Indian journal of veterinary science and animal husbandry - Volumes 18-21, 1948-1951
Year: 1948
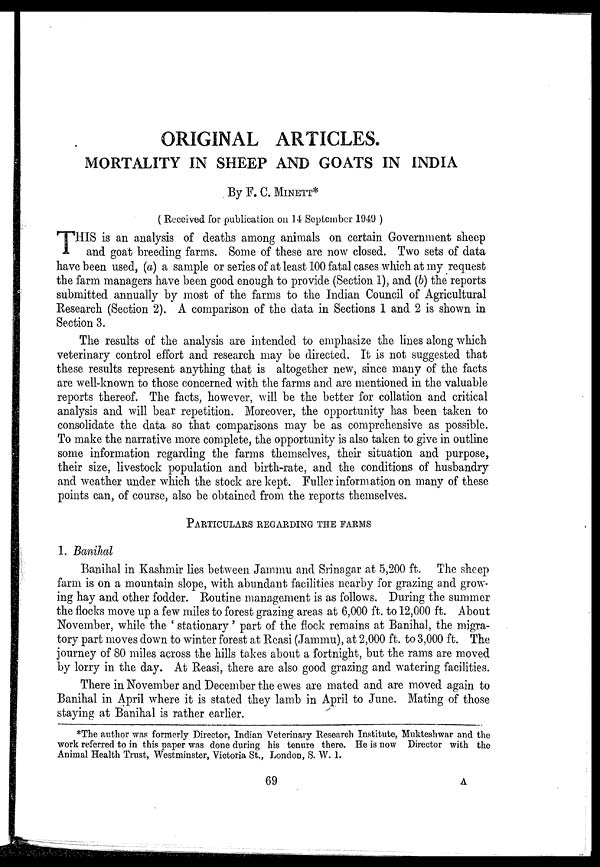
ORIGINAL ARTICLES.
MORTALITY IN SHEEP AND GOATS IN INDIA
By F. C. MINETT*
(Received for publication on 14 September 1949 )
T HIS is an analysis of deaths among animals on certain Government sheep
and goat breeding farms. Some of these are now closed. Two sets of data
have been used, (a) a sample or series of at least 100 fatal cases which at my request
the farm managers have been good enough to provide (Section 1), and (b) the reports
submitted annually by most of the farms to the Indian Council of Agricultural
Research (Section 2). A comparison of the data in Sections 1 and 2 is shown in
Section 3.
The results of the analysis are intended to emphasize the lines along which
veterinary control effort and research may be directed. It is not suggested that
these results represent anything that is altogether new, since many of the facts
are well-known to those concerned with the farms and are mentioned in the valuable
reports thereof. The facts, however, will be the better for collation and critical
analysis and will bear repetition. Moreover, the opportunity has been taken to
consolidate the data so that comparisons may be as comprehensive as possible.
To make the narrative more complete, the opportunity is also taken to give in outline
some information regarding the farms themselves, their situation and purpose,
their size, livestock population and birth-rate, and the conditions of husbandry
and weather under which the stock are kept. Fuller information on many of these
points can, of course, also be obtained from the reports themselves.
PARTICULARS REGARDING THE FARMS
1. Banihal
Banihal in Kashmir lies between Jammu and Srinagar at 5,200 ft. The sheep
farm is on a mountain slope, with abundant facilities nearby for grazing and grow-
ing hay and other fodder. Routine management is as follows. During the summer
the flocks move up a few miles to forest grazing areas at 6,000 ft. to 12,000 ft. About
November, while the 'stationary' part of the flock remains at Banihal, the migra-
tory part moves down to winter forest at Reasi (Jammu), at 2,000 ft. to 3,000 ft. The
journey of 80 miles across the hills takes about a fortnight, but the rams are moved
by lorry in the day. At Reasi, there are also good grazing and watering facilities.
There in November and December the ewes are mated and are moved again to
Banihal in April where it is stated they lamb in April to June. Mating of those
staying at Banihal is rather earlier.
*The author was formerly Director, Indian Veterinary Research Institute, Mukteshwar and the
work referred to in this paper was done during his tenure there. He is now Director with the
Animal Health Trust, Westminster, Victoria St., London, S. W. 1.
69
A